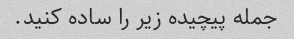
جمله پیچیده زیر را ساده کنید.